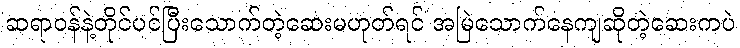
ဆရာဝန်နဲ့တိုင်ပင်ပြီးသောက်တဲ့ဆေးမဟုတ်ရင် အမြဲသောက်နေကျဆိုတဲ့ဆေးကပဲ